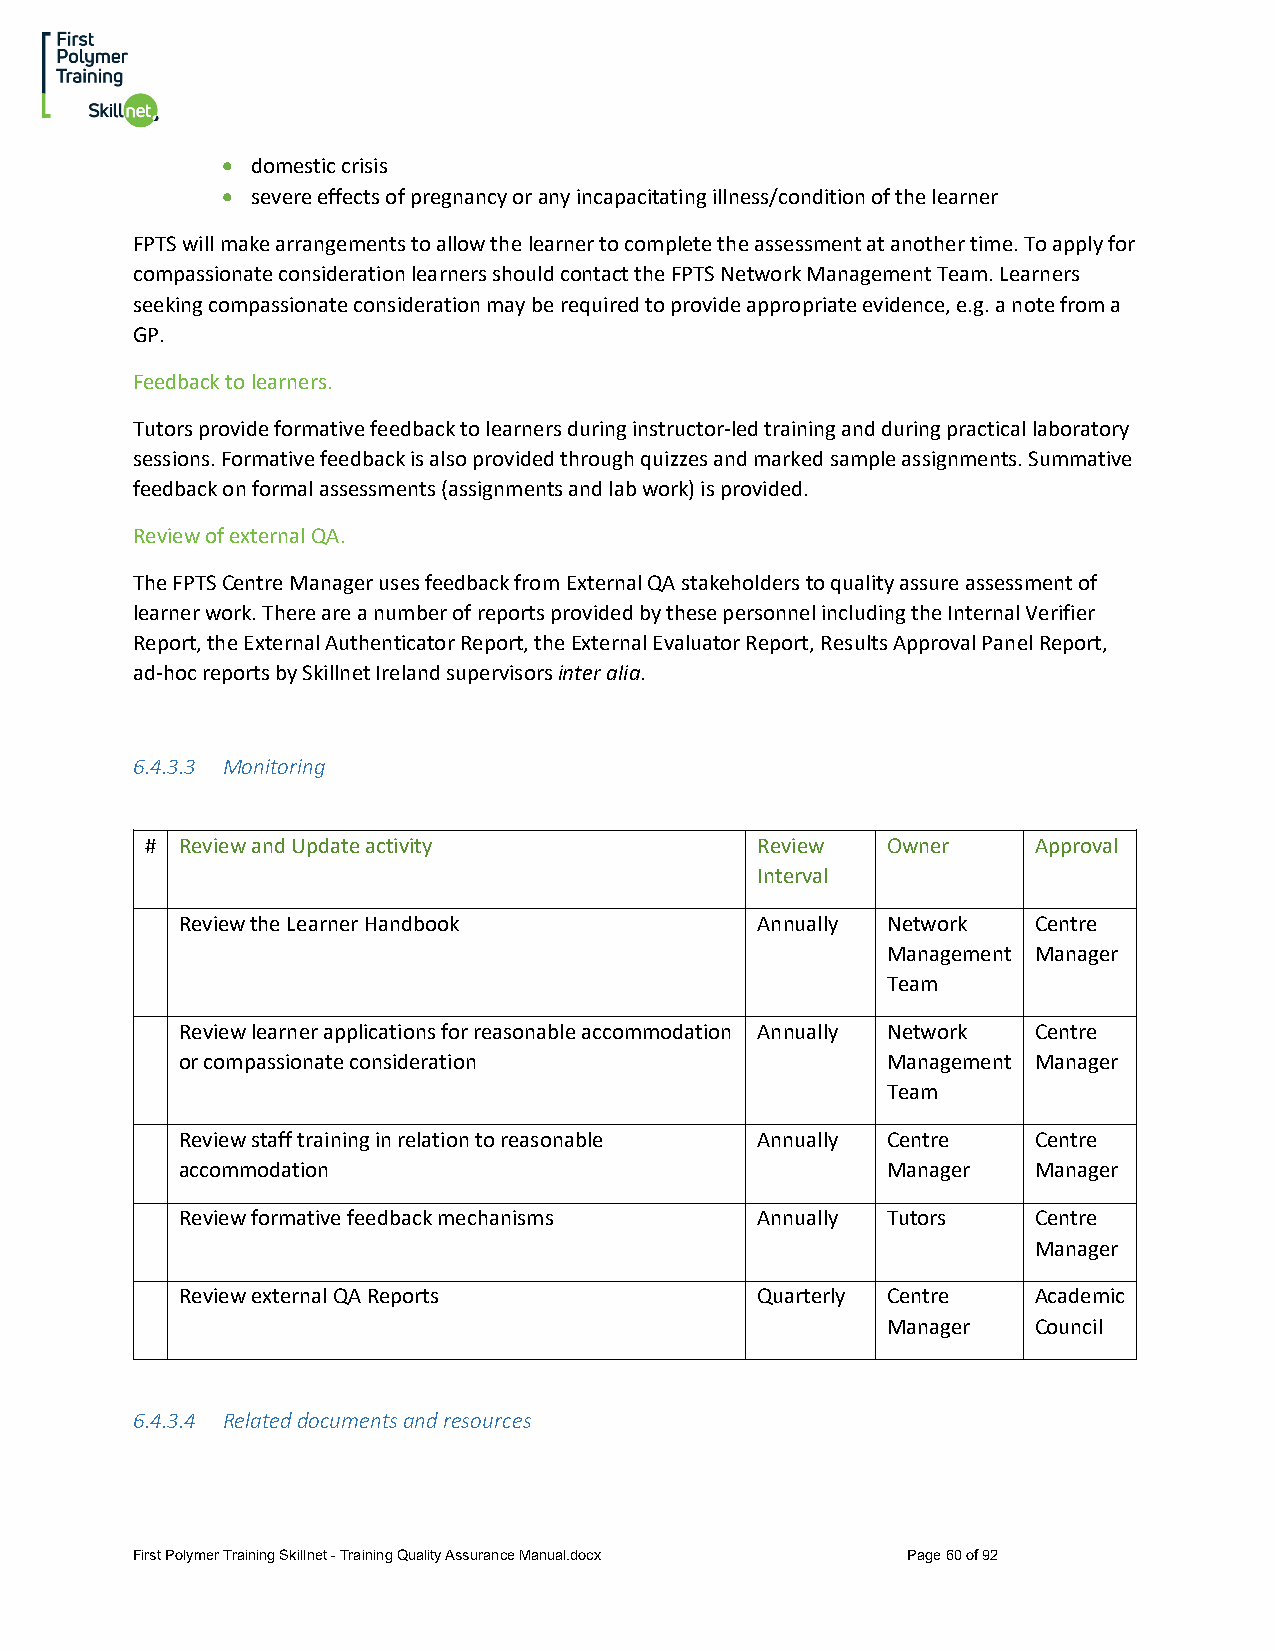
• domestic crisis
 • severe effects of pregnancy or any incapacitating illness/condition of the learner
 FPTS will make arrangements to allow the learner to complete the assessment at another time. To apply for
 compassionate consideration learners should contact the FPTS Network Management Team. Learners
 seeking compassionate consideration may be required to provide appropriate evidence, e.g. a note from a
 GP.
 Feedback to learners.
 Tutors provide formative feedback to learners during instructor-led training and during practical laboratory
 sessions. Formative feedback is also provided through quizzes and marked sample assignments. Summative
 feedback on formal assessments (assignments and lab work) is provided.
 Review of external QA.
 The FPTS Centre Manager uses feedback from External QA stakeholders to quality assure assessment of
 learner work. There are a number of reports provided by these personnel including the Internal Verifier
 Report, the External Authenticator Report, the External Evaluator Report, Results Approval Panel Report,
 ad-hoc reports by Skillnet Ireland supervisors inter alia.
 6.4.3.3 Monitoring
 # Review and Update activity            Review   Owner    Approval
 Interval
 Review the Learner Handbook           Annually Network  Centre
 Management Manager
 Team
 Review learner applications for reasonable accommodation Annually Network Centre
 or compassionate consideration                 Management Manager
 Team
 Review staff training in relation to reasonable Annually Centre Centre
 accommodation                                  Manager  Manager
 Review formative feedback mechanisms  Annually Tutors   Centre
 Manager
 Review external QA Reports            Quarterly Centre  Academic
 Manager  Council
 6.4.3.4 Related documents and resources
 First Polymer Training Skillnet - Training Quality Assurance Manual.docx Page 60 of 92